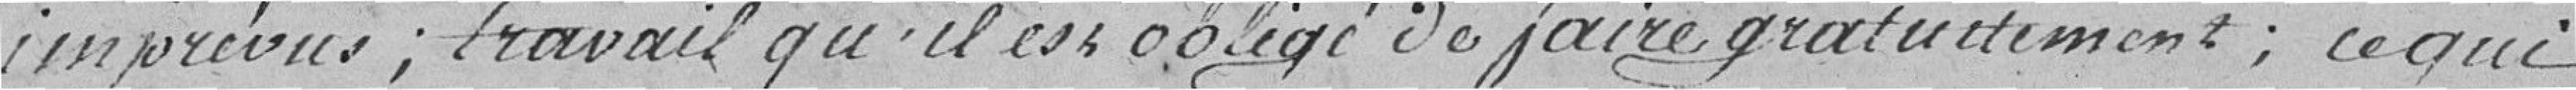
imprévus; travail qu'il est obligé de faire gratuitement; ce qui